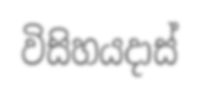
විසිහයදාස්